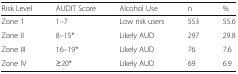
<table><thead><tr><td><b>Risk Level</b></td><td><b>AUDIT Score</b></td><td><b>Alcohol Use</b></td><td><b>n</b></td><td><b>%</b></td></tr></thead><tbody><tr><td>Zone 1</td><td>1–7</td><td>Low risk users</td><td>553</td><td>55.6</td></tr><tr><td>Zone II</td><td>8–15*</td><td>Likely AUD</td><td>297</td><td>29.8</td></tr><tr><td>Zone III</td><td>16–19*</td><td>Likely AUD</td><td>76</td><td>7.6</td></tr><tr><td>Zone IV</td><td>≥20*</td><td>Likely AUD</td><td>69</td><td>6.9</td></tr></tbody></table>